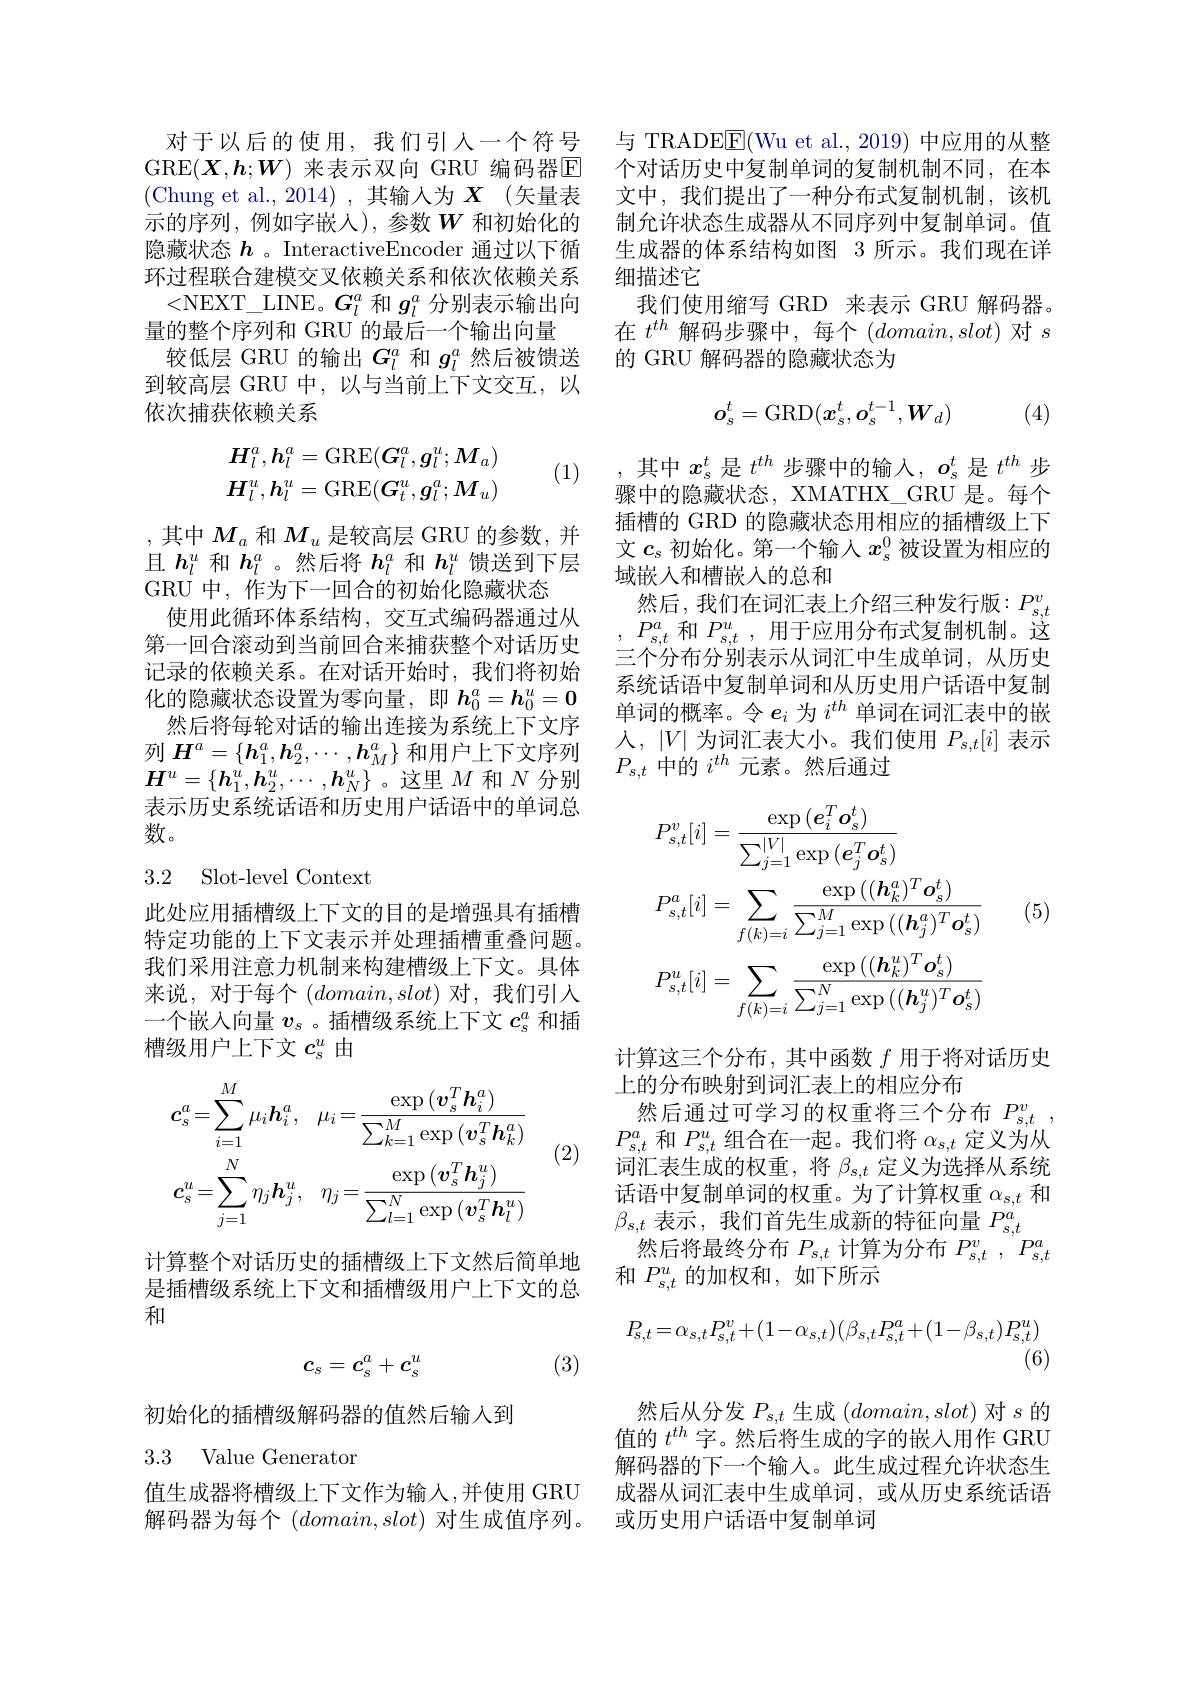
对于以后的使用，我们引人一个符号GRE$(\boldsymbol{X},\boldsymbol{h};\boldsymbol{W})$ 来表示双向 GRU 编码器$\overline{\mathbf{E}}$ (Chung et al.,2014),其输人为X(矢量表示的序列，例如字嵌人),参数$W$ 和初始化的隐藏状态$h$ 。InteractiveEncoder 通过以下循环过程联合建模交叉依赖关系和依次依赖关系<NEXT\_LINE。$G_l^a$和$g_l^a$分别表示输出向量的整个序列和 GRU 的最后一个输出向量
较低层 GRU 的输出$G_l^a$和$g_l^a$然后被馈送到较高层 GRU 中，以与当前上下文交互，以依次捕获依赖关系

(1)
$$\begin{aligned}\boldsymbol{H}_l^a,\boldsymbol{h}_l^a&=\mathrm{GRE}(\boldsymbol{G}_l^a,\boldsymbol{g}_l^u;\boldsymbol{M}_a)\\\boldsymbol{H}_l^u,\boldsymbol{h}_l^u&=\mathrm{GRE}(\boldsymbol{G}_t^u,\boldsymbol{g}_l^a;\boldsymbol{M}_u)\end{aligned}$$
,其中$M_a$ 和$M_u$ 是较高层 GRU 的参数，并且$h_l^u$和$h_l^a$ 。然后将$h_l^a$和$h_l^u$馈送到下层GRU 中，作为下一回合的初始化隐藏状态
使用此循环体系结构，交互式编码器通过从第一回合滚动到当前回合来捕获整个对话历史记录的依赖关系。在对话开始时，我们将初始化的隐藏状态设置为零向量，即$h_0^a=\boldsymbol{h}_0^u=\mathbf{0}$ 然后将每轮对话的输出连接为系统上下文序
列$H^a=\{\boldsymbol{h}_1^a,\boldsymbol{h}_2^a,\cdots,\boldsymbol{h}_M^a\}$和用户上下文序列$H^u=\{\boldsymbol{h}_1^u,\boldsymbol{h}_2^u,\cdots,\boldsymbol{h}_N^u\}$。这里$M$和$N$分别表示历史系统话语和历史用户话语中的单词总数。

3.2 Slot-level Context

此处应用插槽级上下文的目的是增强具有插槽特定功能的上下文表示并处理插槽重叠问题。我们采用注意力机制来构建槽级上下文。具体来说，对于每个$(domain,slot)$对，我们引人一个嵌入向量$v_s$ 。插槽级系统上下文$c_\mathrm{s}^a$和插槽级用户上下文$c_\mathrm{s}^u$由

(2)
$$c_{s}^{a}=\sum_{i=1}^{M}\mu_{i}\boldsymbol{h}_{i}^{a},\quad\mu_{i}=\frac{\exp{(\boldsymbol{v}_{s}^{T}\boldsymbol{h}_{i}^{a})}}{\sum_{k=1}^{M}\exp{(\boldsymbol{v}_{s}^{T}\boldsymbol{h}_{k}^{a})}}\\c_{s}^{u}=\sum_{j=1}^{N}\eta_{j}\boldsymbol{h}_{j}^{u},\quad\eta_{j}=\frac{\exp{(\boldsymbol{v}_{s}^{T}\boldsymbol{h}_{j}^{u})}}{\sum_{l=1}^{N}\exp{(\boldsymbol{v}_{s}^{T}\boldsymbol{h}_{l}^{u})}}$$
计算整个对话历史的插槽级上下文然后简单地是插槽级系统上下文和插槽级用户上下文的总和

(3)
$$c_s=c_s^a+c_s^u$$
初始化的插槽级解码器的值然后输入到

### 3.3 Value Generator

值生成器将槽级上下文作为输入，并使用 GRU 解码器为每个$(domain,slot)$对生成值序列。

与 TRADEE(Wu et al., 2019) 中应用的从整个对话历史中复制单词的复制机制不同，在本文中，我们提出了一种分布式复制机制，该机制允许状态生成器从不同序列中复制单词。值生成器的体系结构如图 3 所示。我们现在详细描述它
我们使用缩写 GRD 来表示 GRU 解码器。在$t^{th}$解码步骤中，每个$(domain,slot)$对$s$ 的 GRU 解码器的隐藏状态为
$$o_s^t=\mathrm{GRD}(x_s^t,o_s^{t-1},W_d)$$
(4)

,其中$x_s^t$是$t^{th}$步骤中的输入，$o_s^t$是$t^{th}$步骤中的隐藏状态，XMATHX\_GRU 是。每个插槽的 GRD 的隐藏状态用相应的插槽级上下文$c_s$初始化。第一个输入$x_\mathrm{s}^0$被设置为相应的域嵌入和槽嵌人的总和
然后，我们在词汇表上介绍三种发行版$:P_{s,t}^v$ $P_{s,t}^a$和$P_s,t^u$,用于应用分布式复制机制。这三个分布分别表示从词汇中生成单词，从历史系统话语中复制单词和从历史用户话语中复制单词的概率。令$e_i$为$i^{th}$单词在词汇表中的嵌人，$|V|$ 为词汇表大小。我们使用$P_s,t[i]$ 表示$P_{s,t}$中的$i^{th}$元素。然后通过
$$\begin{aligned}&P_{s,t}^{v}[i]=\frac{\exp{(e_{i}^{T}\boldsymbol{o}_{s}^{t})}}{\sum_{j=1}^{|V|}\exp{(e_{j}^{T}\boldsymbol{o}_{s}^{t})}}\\&P_{s,t}^{a}[i]=\sum_{f(k)=i}\frac{\exp{((\boldsymbol{h}_{k}^{a})^{T}\boldsymbol{o}_{s}^{t})}}{\sum_{j=1}^{M}\exp{((\boldsymbol{h}_{j}^{a})^{T}\boldsymbol{o}_{s}^{t})}}\\&P_{s,t}^{u}[i]=\sum_{f(k)=i}\frac{\exp{((\boldsymbol{h}_{k}^{u})^{T}\boldsymbol{o}_{s}^{t})}}{\sum_{j=1}^{N}\exp{((\boldsymbol{h}_{j}^{u})^{T}\boldsymbol{o}_{s}^{t})}}\end{aligned}$$
(5)

计算这三个分布，其中函数$f$用于将对话历史
上的分布映射到词汇表上的相应分布
然后通过可学习的权重将三个分布$P_{s,t}^v$, $P_{s,t}^a$和$P_s,t^u$组合在一起。我们将$\alpha_s,t$定义为从词汇表生成的权重，将$\beta_{s,t}$定义为选择从系统话语中复制单词的权重。为了计算权重$\alpha_{s,t}$和$\beta_{s,t}$表示，我们首先生成新的特征向量$P_s,t^a$
然后将最终分布$P_s,t$计算为分布$P_s,t^v,P_{s,t}^a$
和$P_{s,t}^{u}$的加权和，如下所示
$$P_{s,t}=\alpha_{s,t}P_{s,t}^{v}+(1-\alpha_{s,t})(\beta_{s,t}P_{s,t}^{a}+(1-\beta_{s,t})P_{s,t}^{u})$$
(6)

然后从分发$P_s,t$生成$(domain,slot)$对$s$的值的$t^{th}$字。然后将生成的字的嵌入用作 GRU 解码器的下一个输入。此生成过程允许状态生成器从词汇表中生成单词，或从历史系统话语或历史用户话语中复制单词